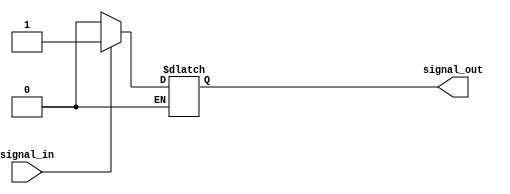
module ttl_buffer(
    input wire signal_in,
    output reg signal_out
);

//TTL voltage levels
parameter HIGH = 1'b1;
parameter LOW = 1'b0;

//Buffering logic
always @*
begin
    if(signal_in == LOW)
        signal_out = LOW;
    else if(signal_in == HIGH)
        signal_out = HIGH;
end

endmodule